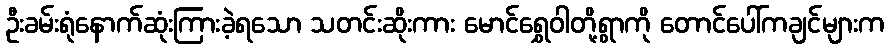
ဦးခမ်းရုံနောက်ဆုံးကြားခဲ့ရသော သတင်းဆိုးကား မောင်ရွှေဝါတို့ရွာကို တောင်ပေါ်ကချင်များက